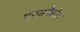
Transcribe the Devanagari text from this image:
नरजकैदेत